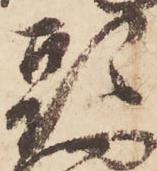
頭